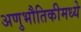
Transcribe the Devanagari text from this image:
अणुभौतिकीमध्ये